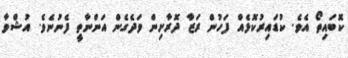
ކޮބައިތޯ އެވެ. ކުޑައިރުކޮޅެއް ފަހުން ރަޒާ ދޮރާށިން ވަދެގެން އަންނާތީ ފެނުނެވެ. އުޝްވާ